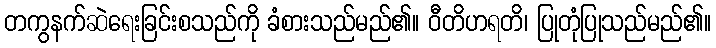
တကွနက်ဆဲရေးခြင်းစသည်ကို ခံစားသည်မည်၏။ ဝီတိဟရတိ၊ ပြုတုံပြုသည်မည်၏။